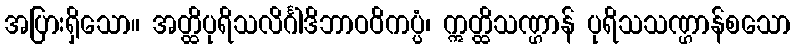
အပြားရှိသော။ အတ္ထိပုရိသလိင်္ဂါဒိဘာဝဝိကပ္ပံ၊ ဣတ္ထိသဏ္ဌာန် ပုရိသသဏ္ဌာန်စသော